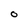
Character: 0